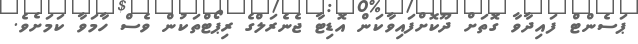
ޕަސެންޓް ފައިދާވާ ގޮތަށް ދޫކޮށްފައިވާކަން އޮޑިޓާ ޖެނެރަލްގެ ރިޕޯޓްތަކުން ވެސް ހާމަވާ ކަމަށެވެ.